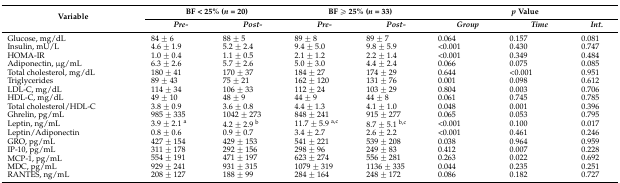
<table><thead><tr><td rowspan="2"><b>Variable</b></td><td colspan="2"><b>BF &lt; 25% (<i>n</i> = 20) </b></td><td colspan="2"><b>BF ≥ 25% (<i>n</i> = 33)</b></td><td colspan="3"><b><i>p</i> Value</b></td></tr><tr><td><b><i>Pre-</i></b></td><td><b><i>Post-</i></b></td><td><b><i>Pre-</i></b></td><td><b><i>Post-</i></b></td><td><b><i>Group</i></b></td><td><b><i>Time</i></b></td><td><b><i>Int.</i></b></td></tr></thead><tbody><tr><td>Glucose, mg/dL</td><td>84 ± 6</td><td>88 ± 5</td><td>89 ± 8</td><td>89 ± 7</td><td>0.064</td><td>0.157</td><td>0.081</td></tr><tr><td>Insulin, mU/L</td><td>4.6 ± 1.9</td><td>5.2 ± 2.4</td><td>9.4 ± 5.0</td><td>9.8 ± 5.9</td><td>&lt;0.001</td><td>0.430</td><td>0.747</td></tr><tr><td>HOMA-IR</td><td>1.0 ± 0.4</td><td>1.1 ± 0.5</td><td>2.1 ± 1.2</td><td>2.2 ± 1.4</td><td>&lt;0.001</td><td>0.349</td><td>0.484</td></tr><tr><td>Adiponectin, μg/mL</td><td>6.3 ± 2.6</td><td>5.7 ± 2.6</td><td>5.0 ± 3.0</td><td>4.4 ± 2.4</td><td>0.066</td><td>0.075</td><td>0.085</td></tr><tr><td>Total cholesterol, mg/dL</td><td>180 ± 41</td><td>170 ± 37</td><td>184 ± 27</td><td>174 ± 29</td><td>0.644</td><td>&lt;0.001</td><td>0.951</td></tr><tr><td>Triglycerides</td><td>89 ± 43</td><td>75 ± 21</td><td>162 ± 120</td><td>131 ± 76</td><td>0.001</td><td>0.098</td><td>0.612</td></tr><tr><td>LDL-C, mg/dL</td><td>114 ± 34</td><td>106 ± 33</td><td>112 ± 24</td><td>103 ± 29</td><td>0.804</td><td>0.003</td><td>0.706</td></tr><tr><td>HDL-C, mg/dL</td><td>49 ± 10</td><td>48 ± 9</td><td>44 ± 9</td><td>44 ± 8</td><td>0.061</td><td>0.745</td><td>0.785</td></tr><tr><td>Total cholesterol/HDL-C</td><td>3.8 ± 0.9</td><td>3.6 ± 0.8</td><td>4.4 ± 1.3</td><td>4.1 ± 1.0</td><td>0.048</td><td>0.001</td><td>0.396</td></tr><tr><td>Ghrelin, pg/mL</td><td>985 ± 335</td><td>1042 ± 273</td><td>848 ± 241</td><td>915 ± 277</td><td>0.065</td><td>0.053</td><td>0.795</td></tr><tr><td>Leptin, ng/mL</td><td>3.9 ± 2.1 <sup>a</sup></td><td>4.2 ± 2.9 <sup>b</sup></td><td>11.7 ± 5.9 <sup>a,c</sup></td><td>8.7 ± 5.1 <sup>b,c</sup></td><td>&lt;0.001</td><td>0.100</td><td>0.017</td></tr><tr><td>Leptin/Adiponectin</td><td>0.8 ± 0.6</td><td>0.9 ± 0.7</td><td>3.4 ± 2.7</td><td>2.6 ± 2.2</td><td>&lt;0.001</td><td>0.461</td><td>0.246</td></tr><tr><td>GRO, pg/mL</td><td>427 ± 154</td><td>429 ± 153</td><td>541 ± 221</td><td>539 ± 208</td><td>0.038</td><td>0.964</td><td>0.959</td></tr><tr><td>IP-10, pg/mL</td><td>311 ± 178</td><td>292 ± 156</td><td>298 ± 96</td><td>249 ± 83</td><td>0.412</td><td>0.007</td><td>0.228</td></tr><tr><td>MCP-1, pg/mL</td><td>554 ± 191</td><td>471 ± 197</td><td>623 ± 274</td><td>556 ± 281</td><td>0.263</td><td>0.022</td><td>0.692</td></tr><tr><td>MDC, pg/mL</td><td>929 ± 241</td><td>931 ± 315</td><td>1079 ± 319</td><td>1136 ± 335</td><td>0.044</td><td>0.235</td><td>0.251</td></tr><tr><td>RANTES, ng/mL</td><td>208 ± 127</td><td>188 ± 99</td><td>284 ± 164</td><td>248 ± 172</td><td>0.086</td><td>0.182</td><td>0.727</td></tr></tbody></table>